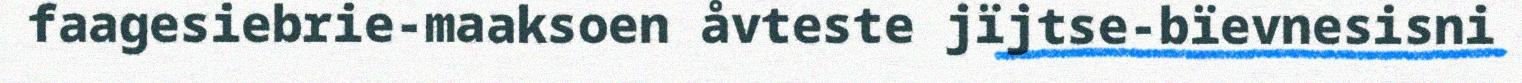
faagesiebrie-maaksoen åvteste jïjtse-bïevnesisni